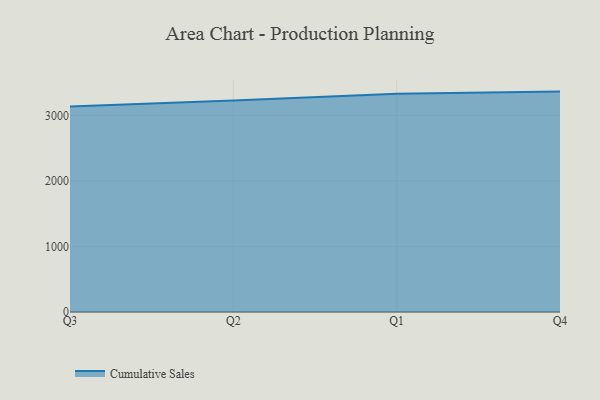
{"axis": {"x": "Quarter", "y": "Gross Profit (USD K)"}, "legend": ["Cumulative Sales"], "data": [{"x": "Q3", "y": 3134.8, "type": "Cumulative Sales"}, {"x": "Q2", "y": 3226.9, "type": "Cumulative Sales"}, {"x": "Q1", "y": 3330.9, "type": "Cumulative Sales"}, {"x": "Q4", "y": 3363.4, "type": "Cumulative Sales"}]}